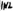
Text: IN2